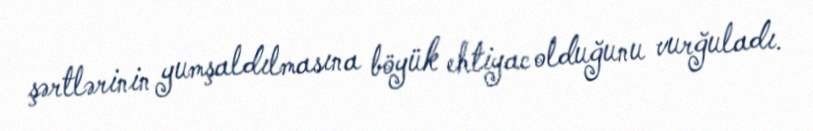
şərtlərinin yumşaldılmasına böyük ehtiyac olduğunu vurğuladı.